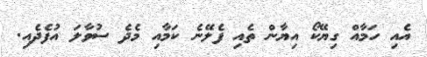
އެއި ހަމާއް ގިޔޭކޯ އިޔާން ތެއި ފެލޭނެ ކަމާއި މެދެ ސުވާލަ އުފެދެއި.